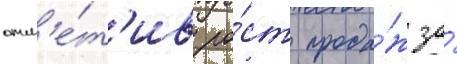
отм'е́т'ив ро́ст прода́ж за́